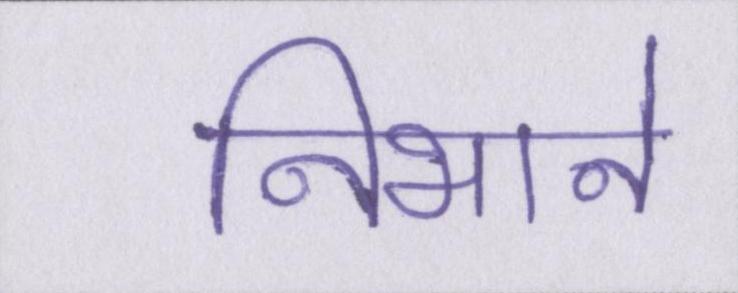
निभाने